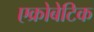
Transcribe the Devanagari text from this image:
एक्रोबेटिक